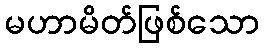
မဟာမိတ်ဖြစ်သော